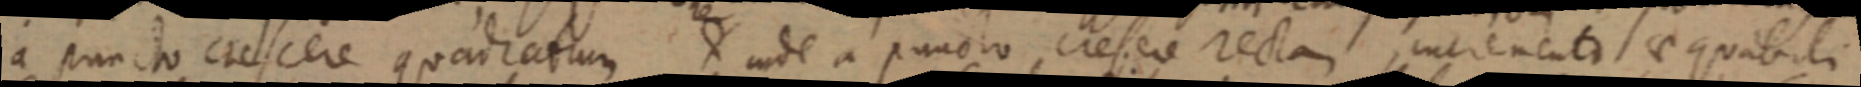
a puncto crescere quadratum D inde a puncto crefere rectam incrementi aequabili